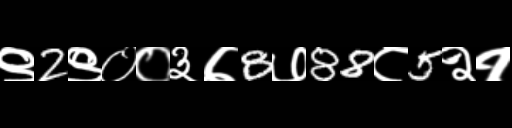
Text: ९2९००३७8७88८5२१